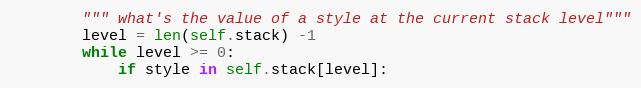
Language: Python
        """ what's the value of a style at the current stack level"""
        level = len(self.stack) -1
        while level >= 0:
            if style in self.stack[level]: